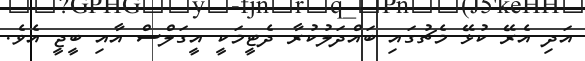
އަދި އެރޭ ކުޅޭ މެޗުގައި ބައްދަލުކުރާ ދެޓީމަކީ އީގަލްސް އާއި ބީޖީ އެވެ.